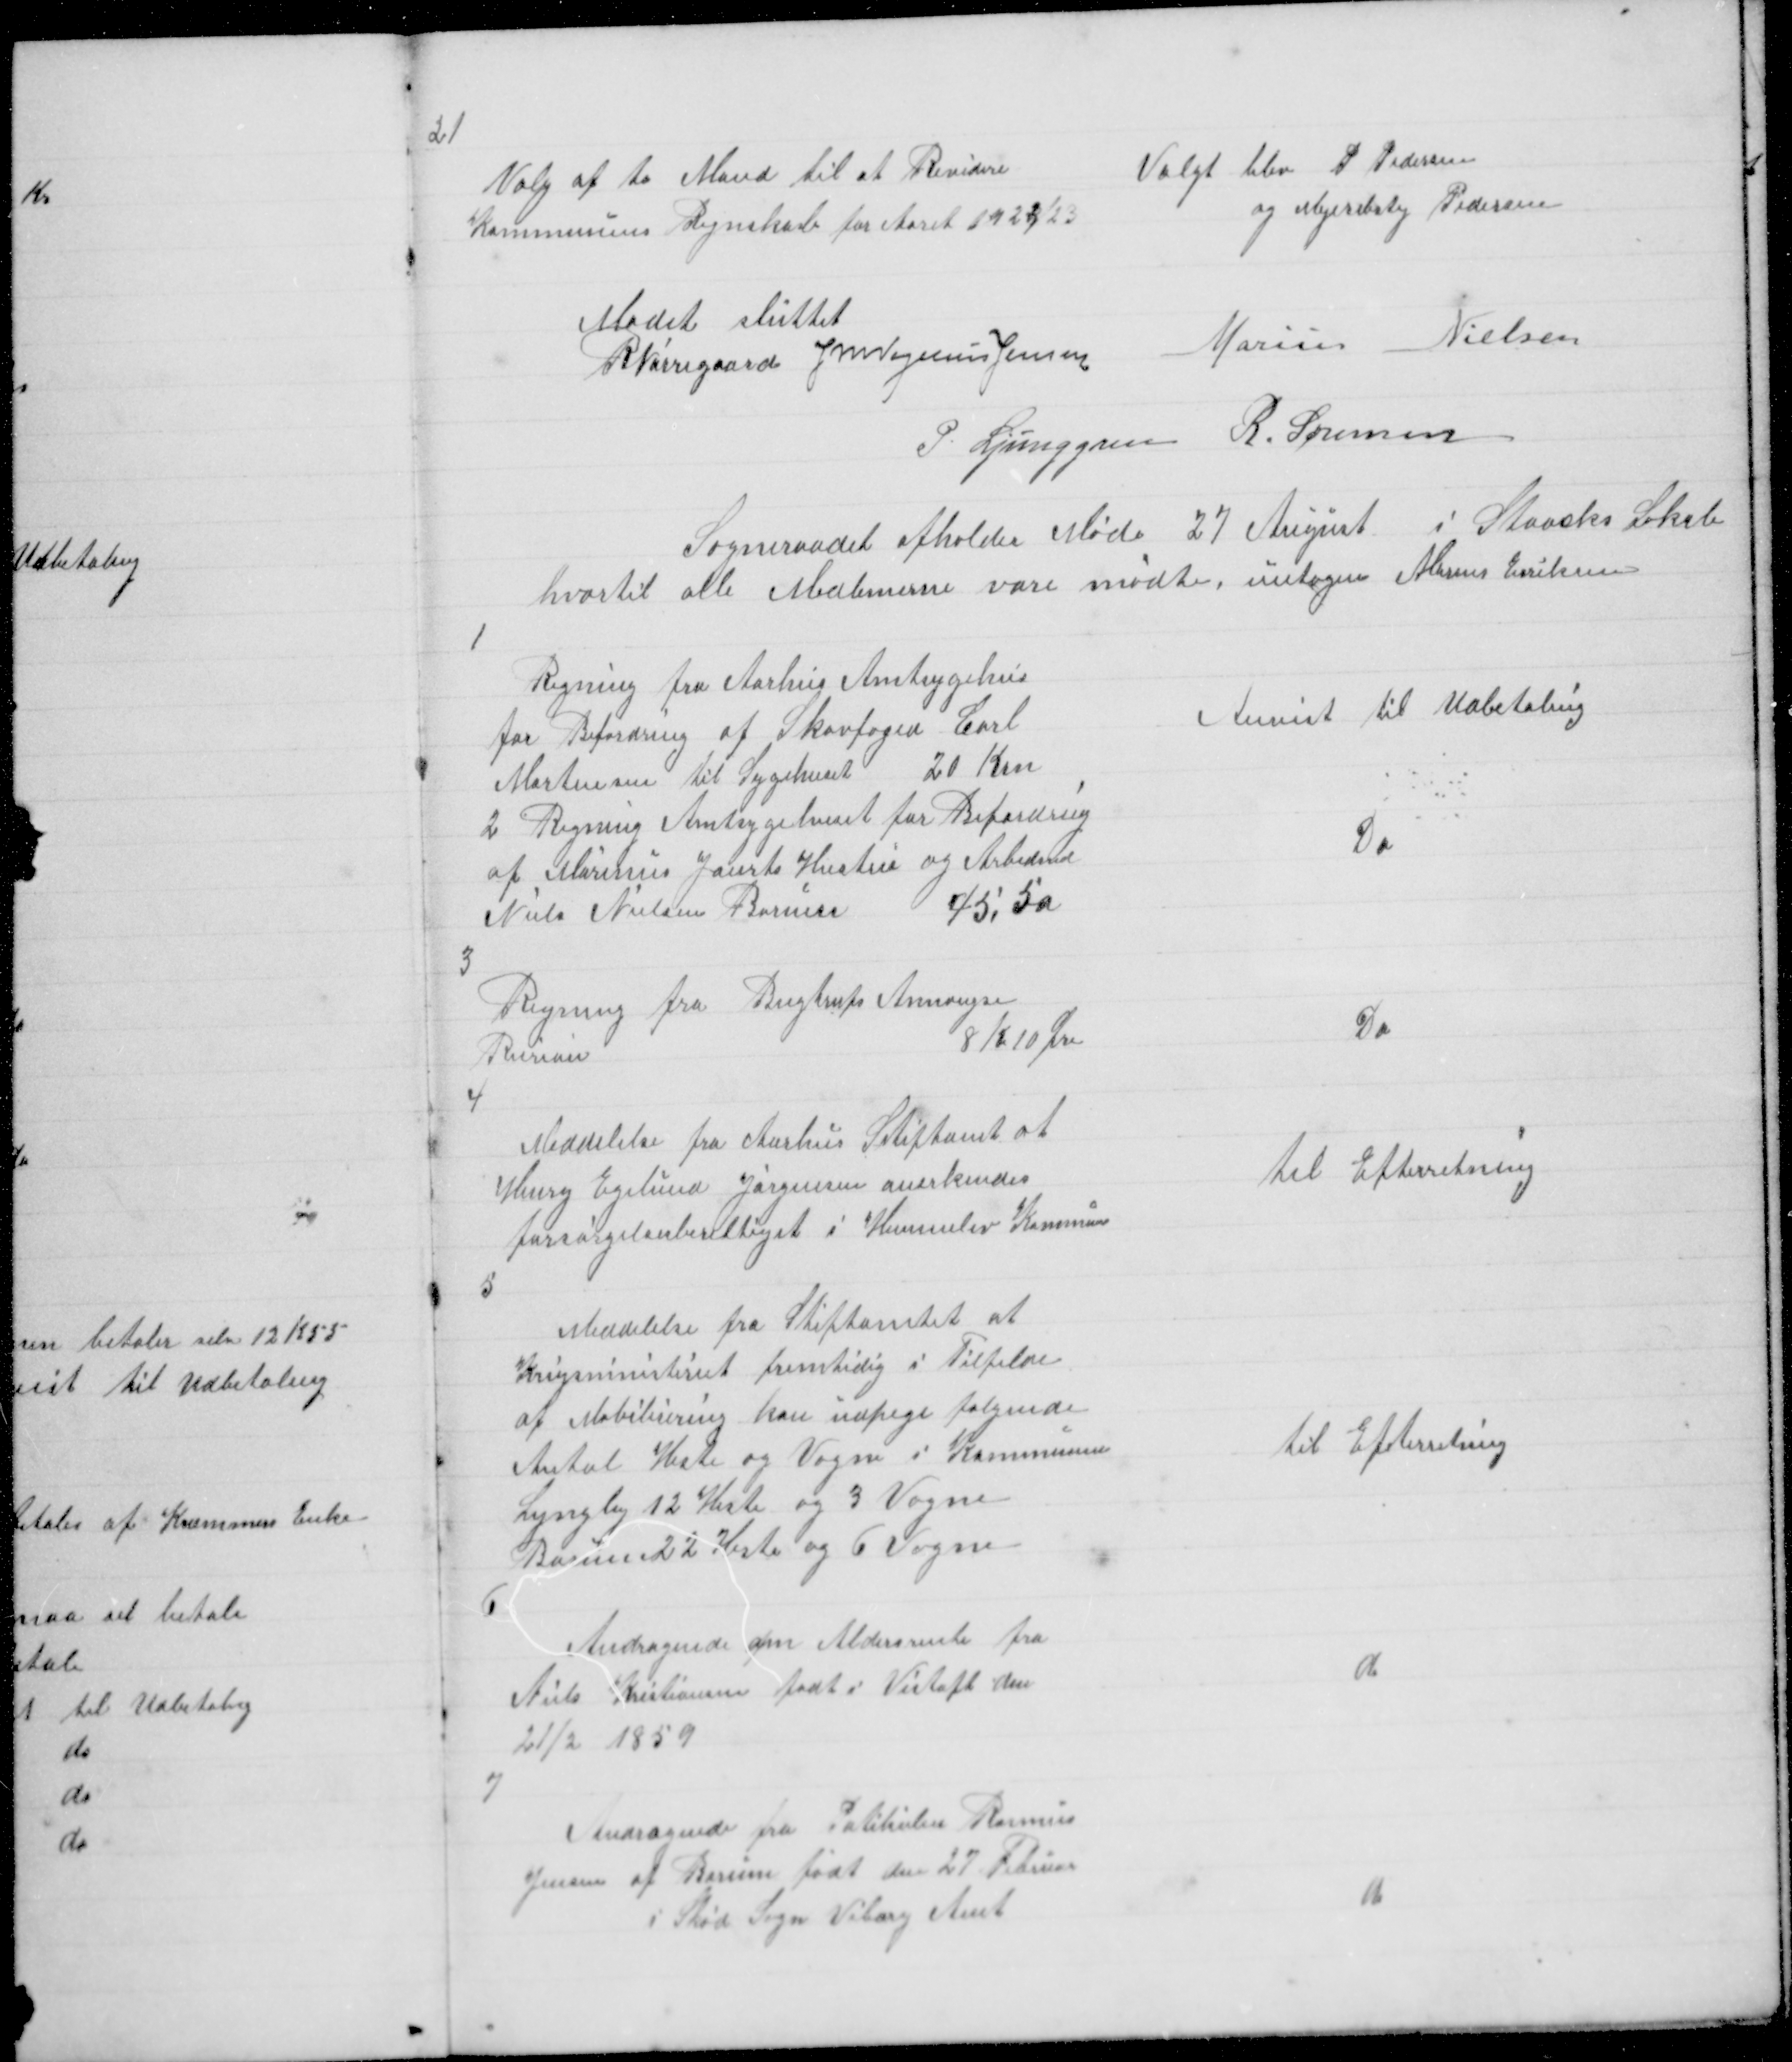
Transskription:
21

Valgt blev P Pedersen
og Mejeribsty Pedersen

Valg af to Mand til at Revidere
Kommunens Regnskab for Aaret 1922/23

Mødet sluttet
R Nørregaard J M Vogelius Jensen
Marius Nielsen
P Ljunggren R. Sørensen

Sogneraadet afholder Møde 27 August i Staacks Lokale
hvortil alle Medlemerne vare mødte, untagen Marius Eriksen

1

Regning fra Aarhus Amtsygehus
for Befordring af Skovfoged Carl
Mortensen til Sygehuset 20 Krn
2 Regning Amtsygehuset for Befordring
af Marinus Jaurts Hustru og Arbedsmd
Niels Nielsen Borum
45,50

Anvist til Udbetaling

Do

3

Regning fra Bugtrups Annongse
Bureau
8 K 10 Øre

Do

4

Meddelelse fra Aarhus Stiftamt at
Henry Egelund Jørgensen anerkendes
forsørgelsesberettiget i Himmelev Kommune

Til Efterretning

5

Meddelelse fra Stiftamtet at
Krigsministeriet fremtidig i Tilfelde
af Mobilisering kan udpege følgende
Antal Heste og Vogne i Kommunen
Lyngby 12 Heste og 3 Vogne
Borum 22 Heste og 6 Vogne

Til Efterretning

6

Andragende om Aldersrente fra
Niels Kristiansen født i Vistoft den
21/2 1859

d

7

Andragende fra Politi Rasmus
Jensen af Borum født den 27 Februar
i Skød Sogn Viborg Amt

d